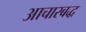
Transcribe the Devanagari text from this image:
आचारबद्ध